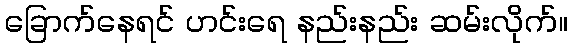
ခြောက်နေရင် ဟင်းရေ နည်းနည်း ဆမ်းလိုက်။